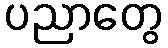
ပညာတွေ